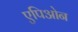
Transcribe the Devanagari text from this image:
एपिओन